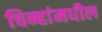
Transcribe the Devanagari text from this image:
चिन्हांमधील